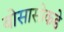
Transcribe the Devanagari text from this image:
बोसासोकडे